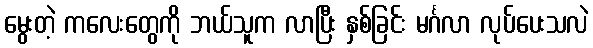
မွေးတဲ့ ကလေးတွေကို ဘယ်သူက လာပြီး နှစ်ခြင်း မင်္ဂလာ လုပ်ပေးသလဲ